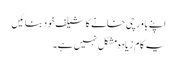
اپنے باورچی خانے کا شیلف خود بنائیں
یہ کام زیادہ مشکل نہیں ہے۔